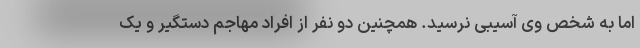
اما به شخص وی آسیبی نرسید. همچنین دو نفر از افراد مهاجم دستگیر و یک